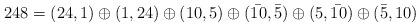
LaTeX: \begin{align*}248=(24,1)\oplus (1,24)\oplus (10,5)\oplus (\bar{10},\bar{5})\oplus (5,\bar{10})\oplus (\bar{5},10)\end{align*}